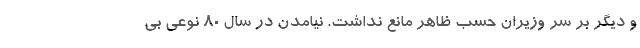
و دیگر بر سر وزیران حسب ظاهر مانع نداشت. نیامدن در سال 80 نوعی بی